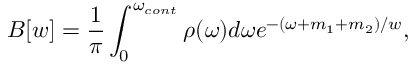
{ \cal B } [ w ] = \frac { 1 } { \pi } \int _ { 0 } ^ { \omega _ { c o n t } } { \rho ( \omega ) d \omega } e ^ { - ( \omega + m _ { 1 } + m _ { 2 } ) / w } ,